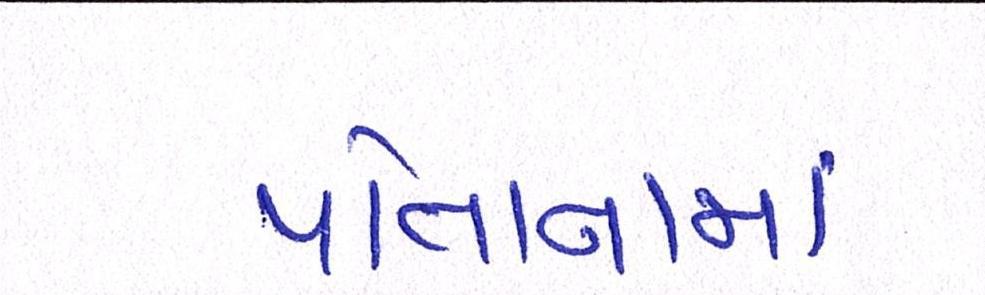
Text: પોતાનામાં